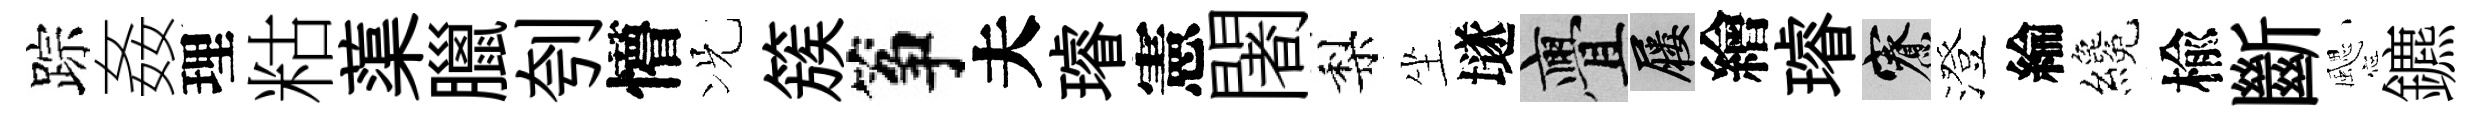
踪姦理䊀蕖臘刳懵况簇筝夫璿憲闍梨坐𡑞亹屨繪璿寮澄綸纔楡斷颸鑣